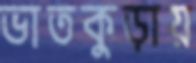
ভাতকুড়ায়